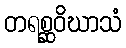
တရစ္ဆဝိဃာသံ